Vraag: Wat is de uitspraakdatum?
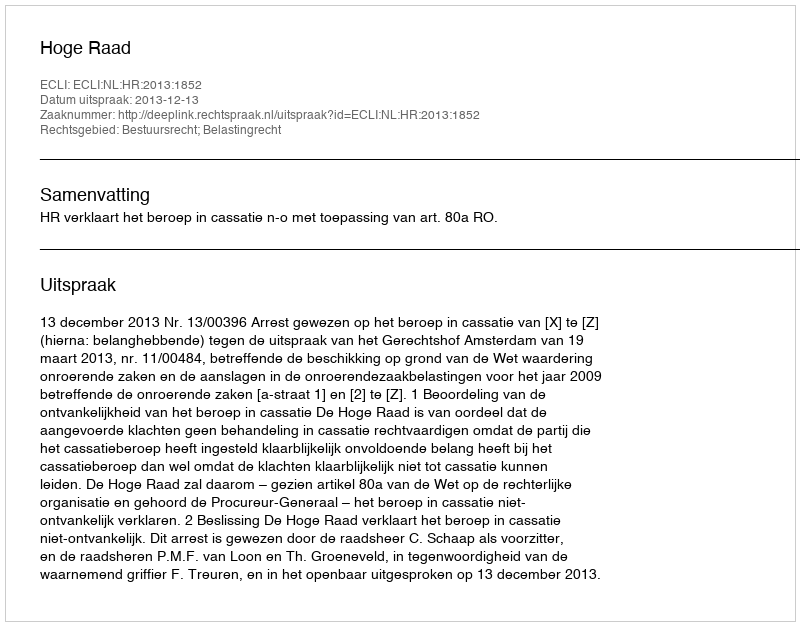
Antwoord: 2013-12-13